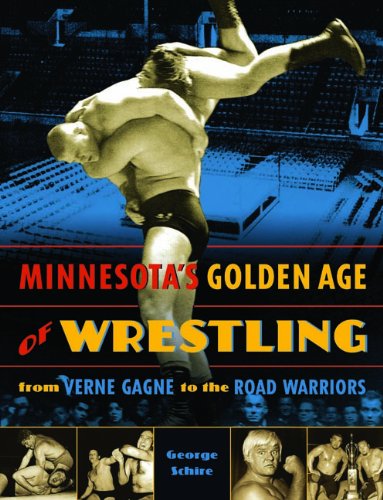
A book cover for Minnesota's Golden Age of Wrestling: From Verne Gagne to the Road Warriors; George Schire; Sports & Outdoors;